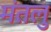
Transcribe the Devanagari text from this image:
मंतलु